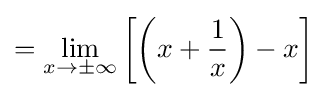
=\lim _{x\to \pm \infty }\left[\left(x+{\frac {1}{x}}\right)-x\right]